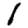
Digit: 1